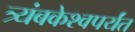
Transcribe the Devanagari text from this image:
त्र्यंबकेश्वपर्यंत